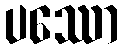
ပဿော